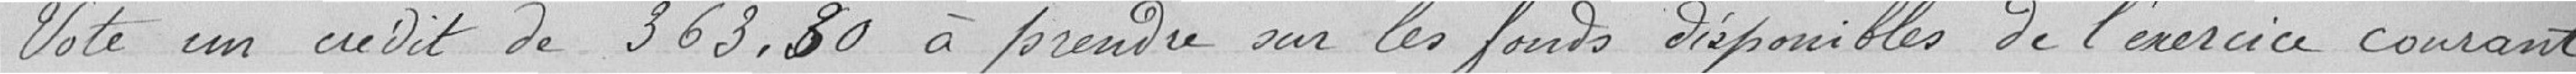
Vote un crédit de 363,80 à prendre sur les fonds disponibles de l'année courant.